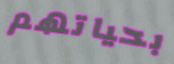
بحياتهم